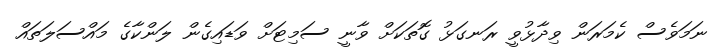
ނަމަވެސް ކެމަރަން ވިދާޅުވީ ރަނގަޅު ގޮތަކަށް ވާނީ ސަމިޓަށް ވަޑައިގެން ލަންކާގެ މައްސަލަތައް